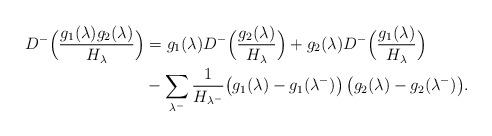
LaTeX: \begin{align*}D^-\Bigl(\frac{g_1(\lambda)g_2(\lambda)}{H_\lambda}\Bigr)&=g_1(\lambda)D^-\Bigl(\frac{g_2(\lambda)}{H_\lambda}\Bigr)+g_2(\lambda)D^-\Bigl(\frac{g_1(\lambda)}{H_\lambda}\Bigr)\\&-\sum_{\lambda^{-}}\frac 1{H_{\lambda^-}}\bigl(g_1(\lambda)-g_1(\lambda^-)\bigr)\, \bigl(g_2(\lambda)-g_2(\lambda^-)\bigr).\end{align*}